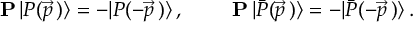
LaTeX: \mathrm { \bf ~ P } \, | P ( \vec { p } \, ) \rangle = - | P ( - \vec { p } \, ) \rangle \, , \qquad \mathrm { \bf ~ P } \, | \bar { P } ( \vec { p } \, ) \rangle = - | \bar { P } ( - \vec { p } \, ) \rangle \, .